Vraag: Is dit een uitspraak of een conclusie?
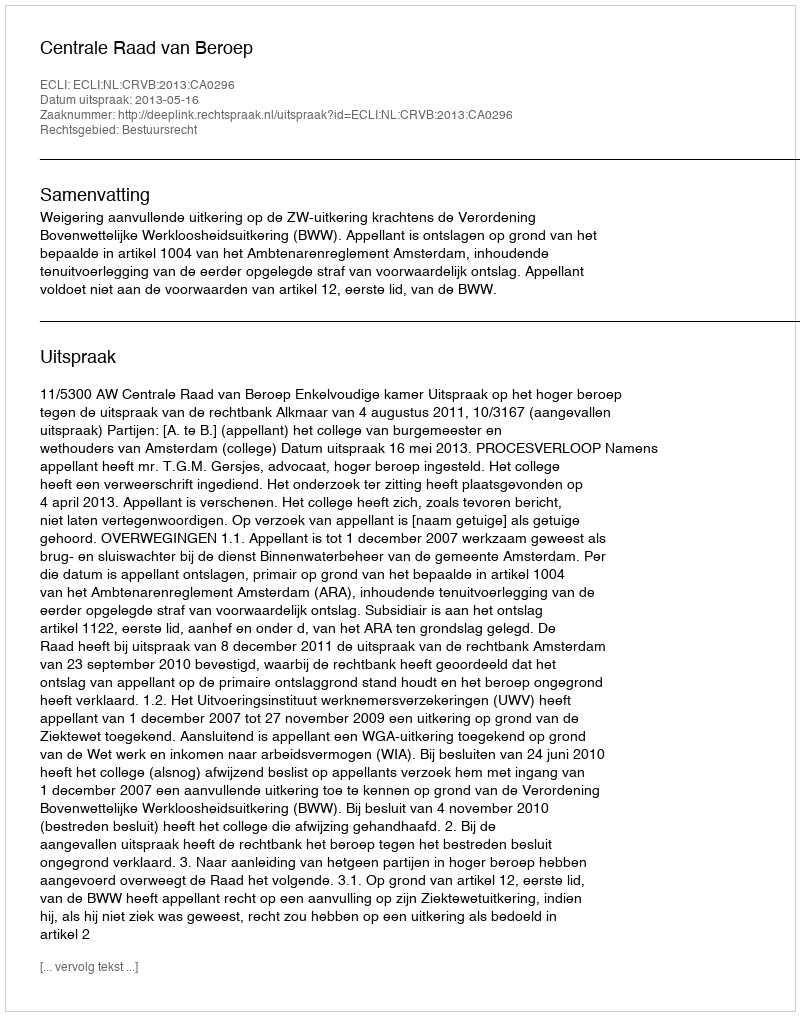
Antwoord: Uitspraak